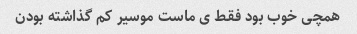
همچی خوب بود فقط ی ماست موسیر کم گذاشته بودن